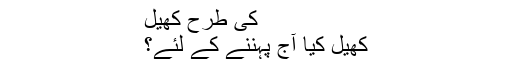
کی طرح کھیل
کھیل کیا آج پہننے کے لئے؟